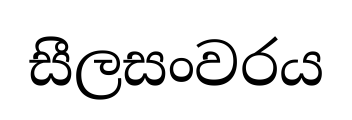
සීලසංවරය